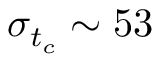
\sigma _ { t _ { c } } \sim 5 3